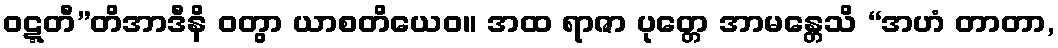
ဝဋ္ဋတီ”တိအာဒီနိ ဝတွာ ယာစတိယေဝ။ အထ ရာဇာ ပုတ္တေ အာမန္တေသိ “အဟံ တာတာ,